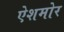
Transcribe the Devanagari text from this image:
ऐशमोर